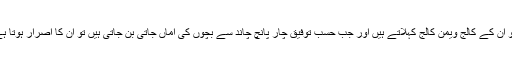
ویسے یہ عورتیں جب لڑکیاں ہوتی ہیں تو ان کے کالج ویمن کالج کہلاتے ہیں اور جب حسب توفیق چار پانچ چاند سے بچوں کی اماں جاتی بن جاتی ہیں تو ان کا اصرار ہوتا ہے کہ انہیں لڑکی سمجھا اور پکارا جائے۔